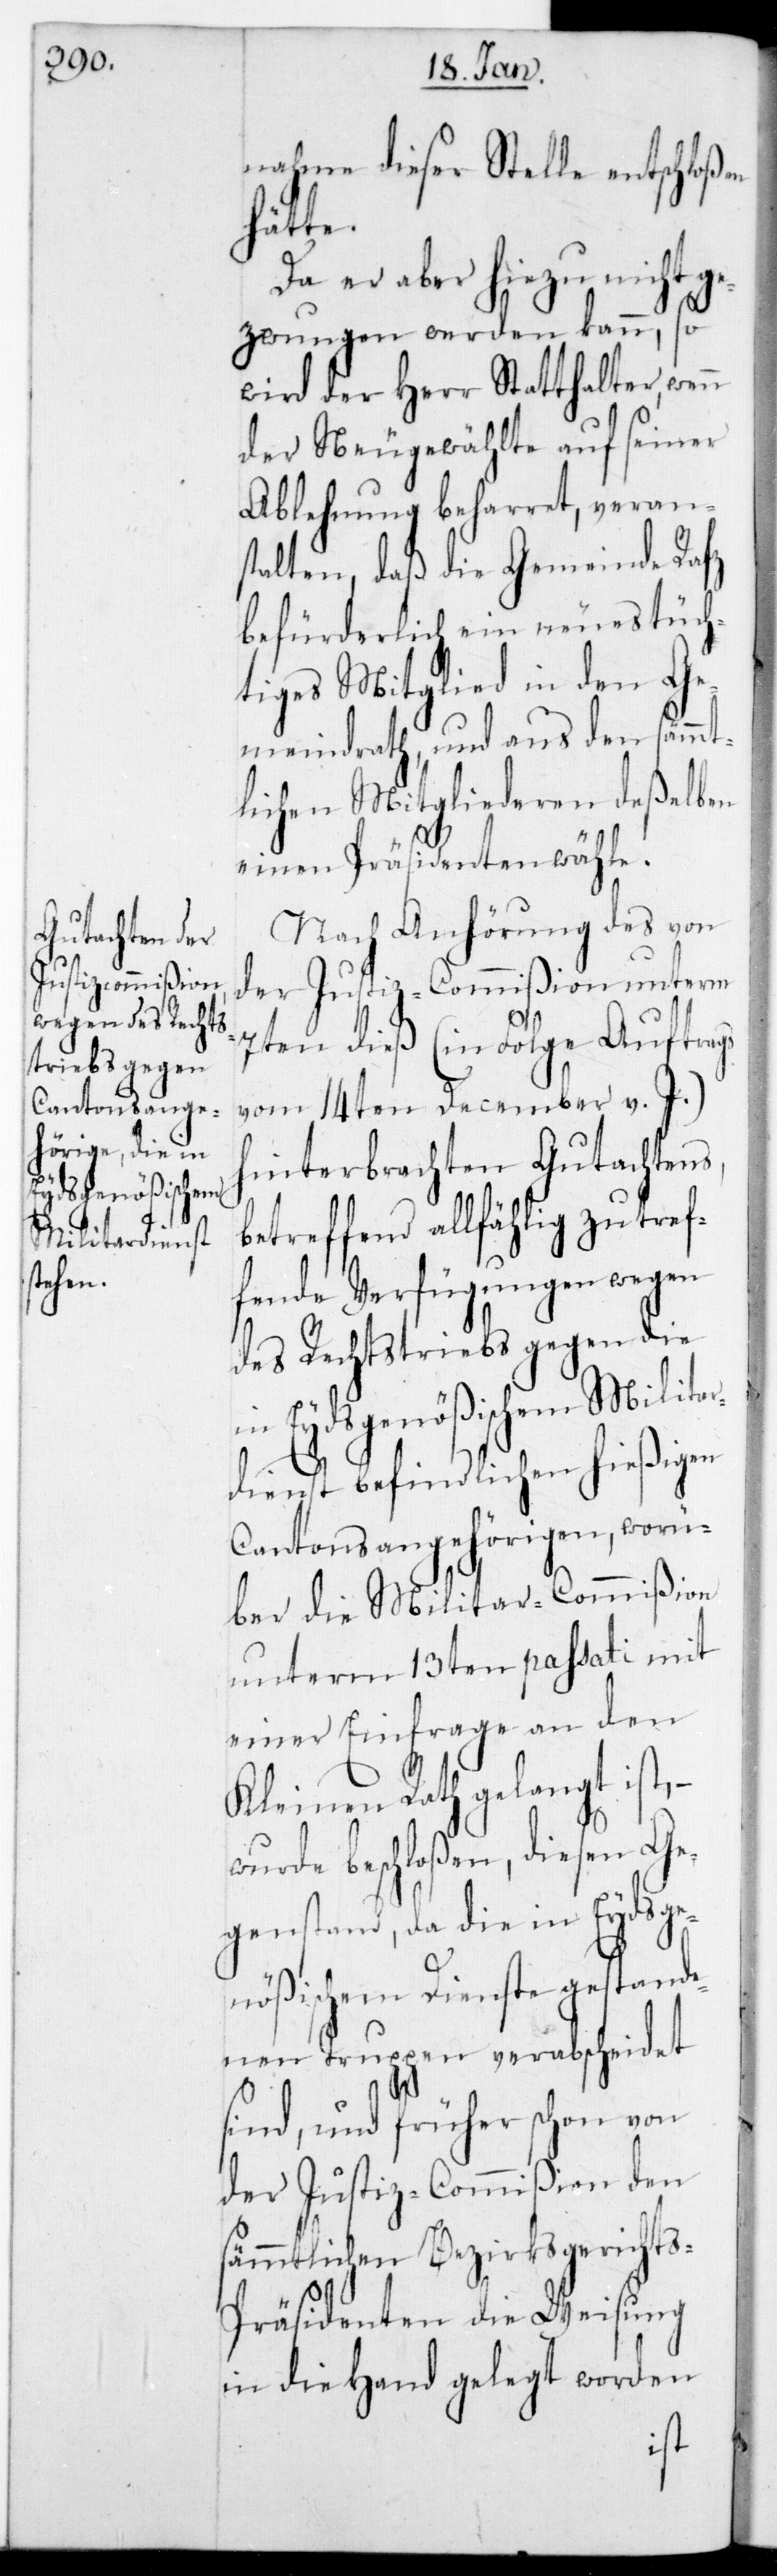
nahme dieser Stelle entschloßen
hätte.
Da er aber hiezu nicht ge¬
zwungen werden kann, so
wird der Herr Statthalter,
der Neugewählte auf seiner
Ablehnung beharret, veran¬
stalten, daß die Gemeinde Rafz
befürderlich ein neues tüch¬
tiges Mitglied in den Ge¬
meindrath, und aus den sämmt¬
lichen Mitgliederen deßelben
einen Präsidenten wähle.
Nach Anhörung des von
der Justizcommißion unterm
7ten dieß (in Folge Auftrags
vom 14ten December d. J.)
hinterbrachten Gutachtens,
betreffend allfählig zu tref¬
fende Verfügungen wegen
des Rechtstriebs gegen die
in Eydsgenößischem Milita¬
rdienst befindlichen hießigen
Cantonsangehörigen, worü¬
ber die Militar-Commißion
unterm 13ten passati mit
einer Einfrage an den
Kleinen Rath gelangt ist,
wurde beschloßen, diesen Ge¬
genstand, da die in Eydsge¬
nößischem Dienste gestande¬
nen Truppen verabscheidet
sind, und früher schon von
der Justizcommißion den
sämmtlichen Bezirksgerichts-P¬
räsidenten die Weisung
in die Hand gelegt worden